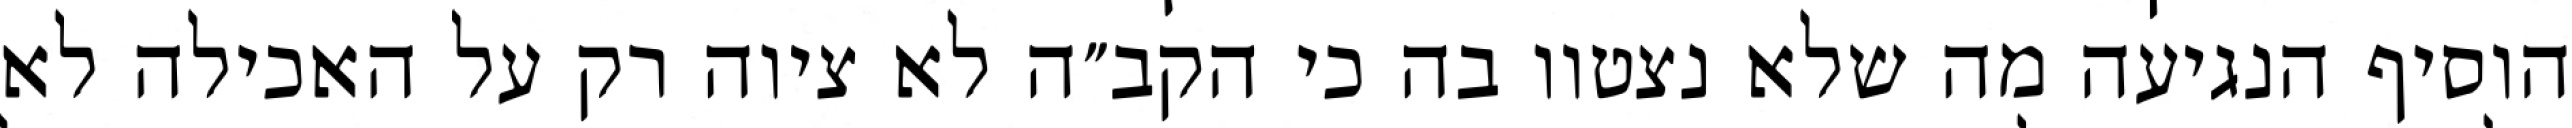
הוסיף הנגיעה מה שלא נצטוו בה כי הקב״ה לא ציוה רק על האכילה לא